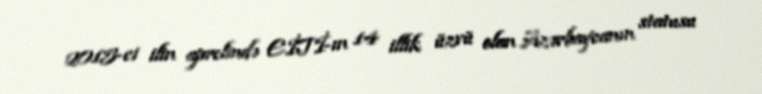
2015-ci ilin aprelində EİTİ-ın 14 illik üzvü olan Azərbaycanın statusu